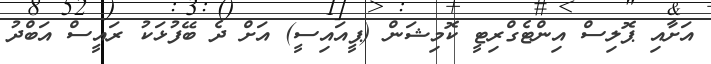
އަށާއި ޕޮލިސް އިންޓެގްރިޓީ ކޮމިޝަން (ޕީއައިސީ) އަށް ދެ ބޭފުޅަކު ރައީސް އަބްދު